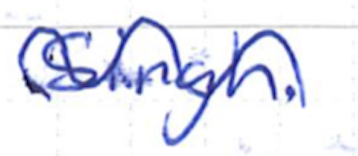
Text: Singh.
Cross-out: wave
Writing tool: ballpoint